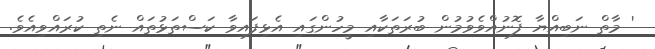
' މާތް ނަބިއްޔާ ފޮނުއްވެވުމުން ބުރަތަކާއި މީހުންގައި އެޅިފައިވާ ކަސްތަޅުތައް ނެތި ކުރައްވިއެވެ.